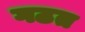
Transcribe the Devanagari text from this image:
गठत